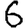
Digit: 6